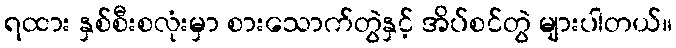
ရထား နှစ်စီးစလုံးမှာ စားသောက်တွဲနှင့် အိပ်စင်တွဲ များပါတယ်။